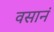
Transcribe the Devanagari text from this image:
वसानं